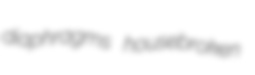
diaphragms housebroken